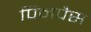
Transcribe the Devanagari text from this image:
पिनपैस